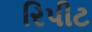
રિપીટ